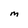
Character: M